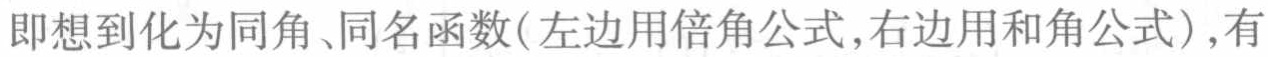
即想到化为同角、同名函数(左边用倍角公式,右边用和角公式),有